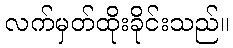
လက်မှတ်ထိုးခိုင်းသည်။